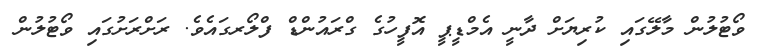
ވޯޓުލުން މާލޭގައި ކުރިޔަށް ދާނީ އެމްޑީޕީ އޮފީހުގެ ގްރައުންޑް ފްލޯރގައެވެ. ރަށްރަށުގައި ވޯޓުލުން